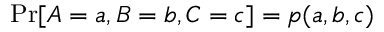
\mathrm { P r } [ A = a , B = b , C = c ] = p ( a , b , c )